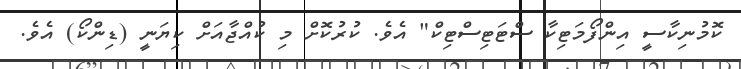
ކޮމުނިކާސީ އިންފޯމަޓިކާ ސްޓަޓިސްޓިކް" އެވެ. ކުރުކޮށް މި ކުއްޖާއަށް ކިޔަނީ (ޑިންކޯ) އެވެ.